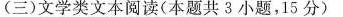
（三）文学类文本阅读（本题共8小题，15分)